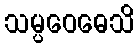
သမ္ပဝေဓေသိ